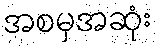
အစမှအဆုံး